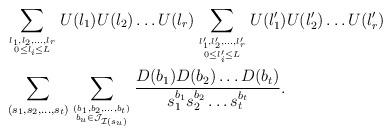
LaTeX: \begin{align*}&\sum_{l_1,l_2,\dots, l_r \atop {0 \leq l_i \leq L}}U(l_1)U(l_2)\dots U(l_r) \sum_{l_1',l_2',\dots, l_r' \atop {0 \leq l_i' \leq L}}U(l_1')U(l_2')\dots U(l_r')\\&\sum_{(s_1,s_2,\dots ,s_{t})}\sum_{(b_1,b_2,\dots,b_{t}) \atop {b_u \in \mathcal J_{\mathcal I(s_u)}}}\frac{D(b_1)D(b_2)\dots D(b_{t})}{s_1^{b_1}s_2^{b_2}\dots s_{t}^{b_{t}}}.\end{align*}